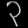
Digit: ၃